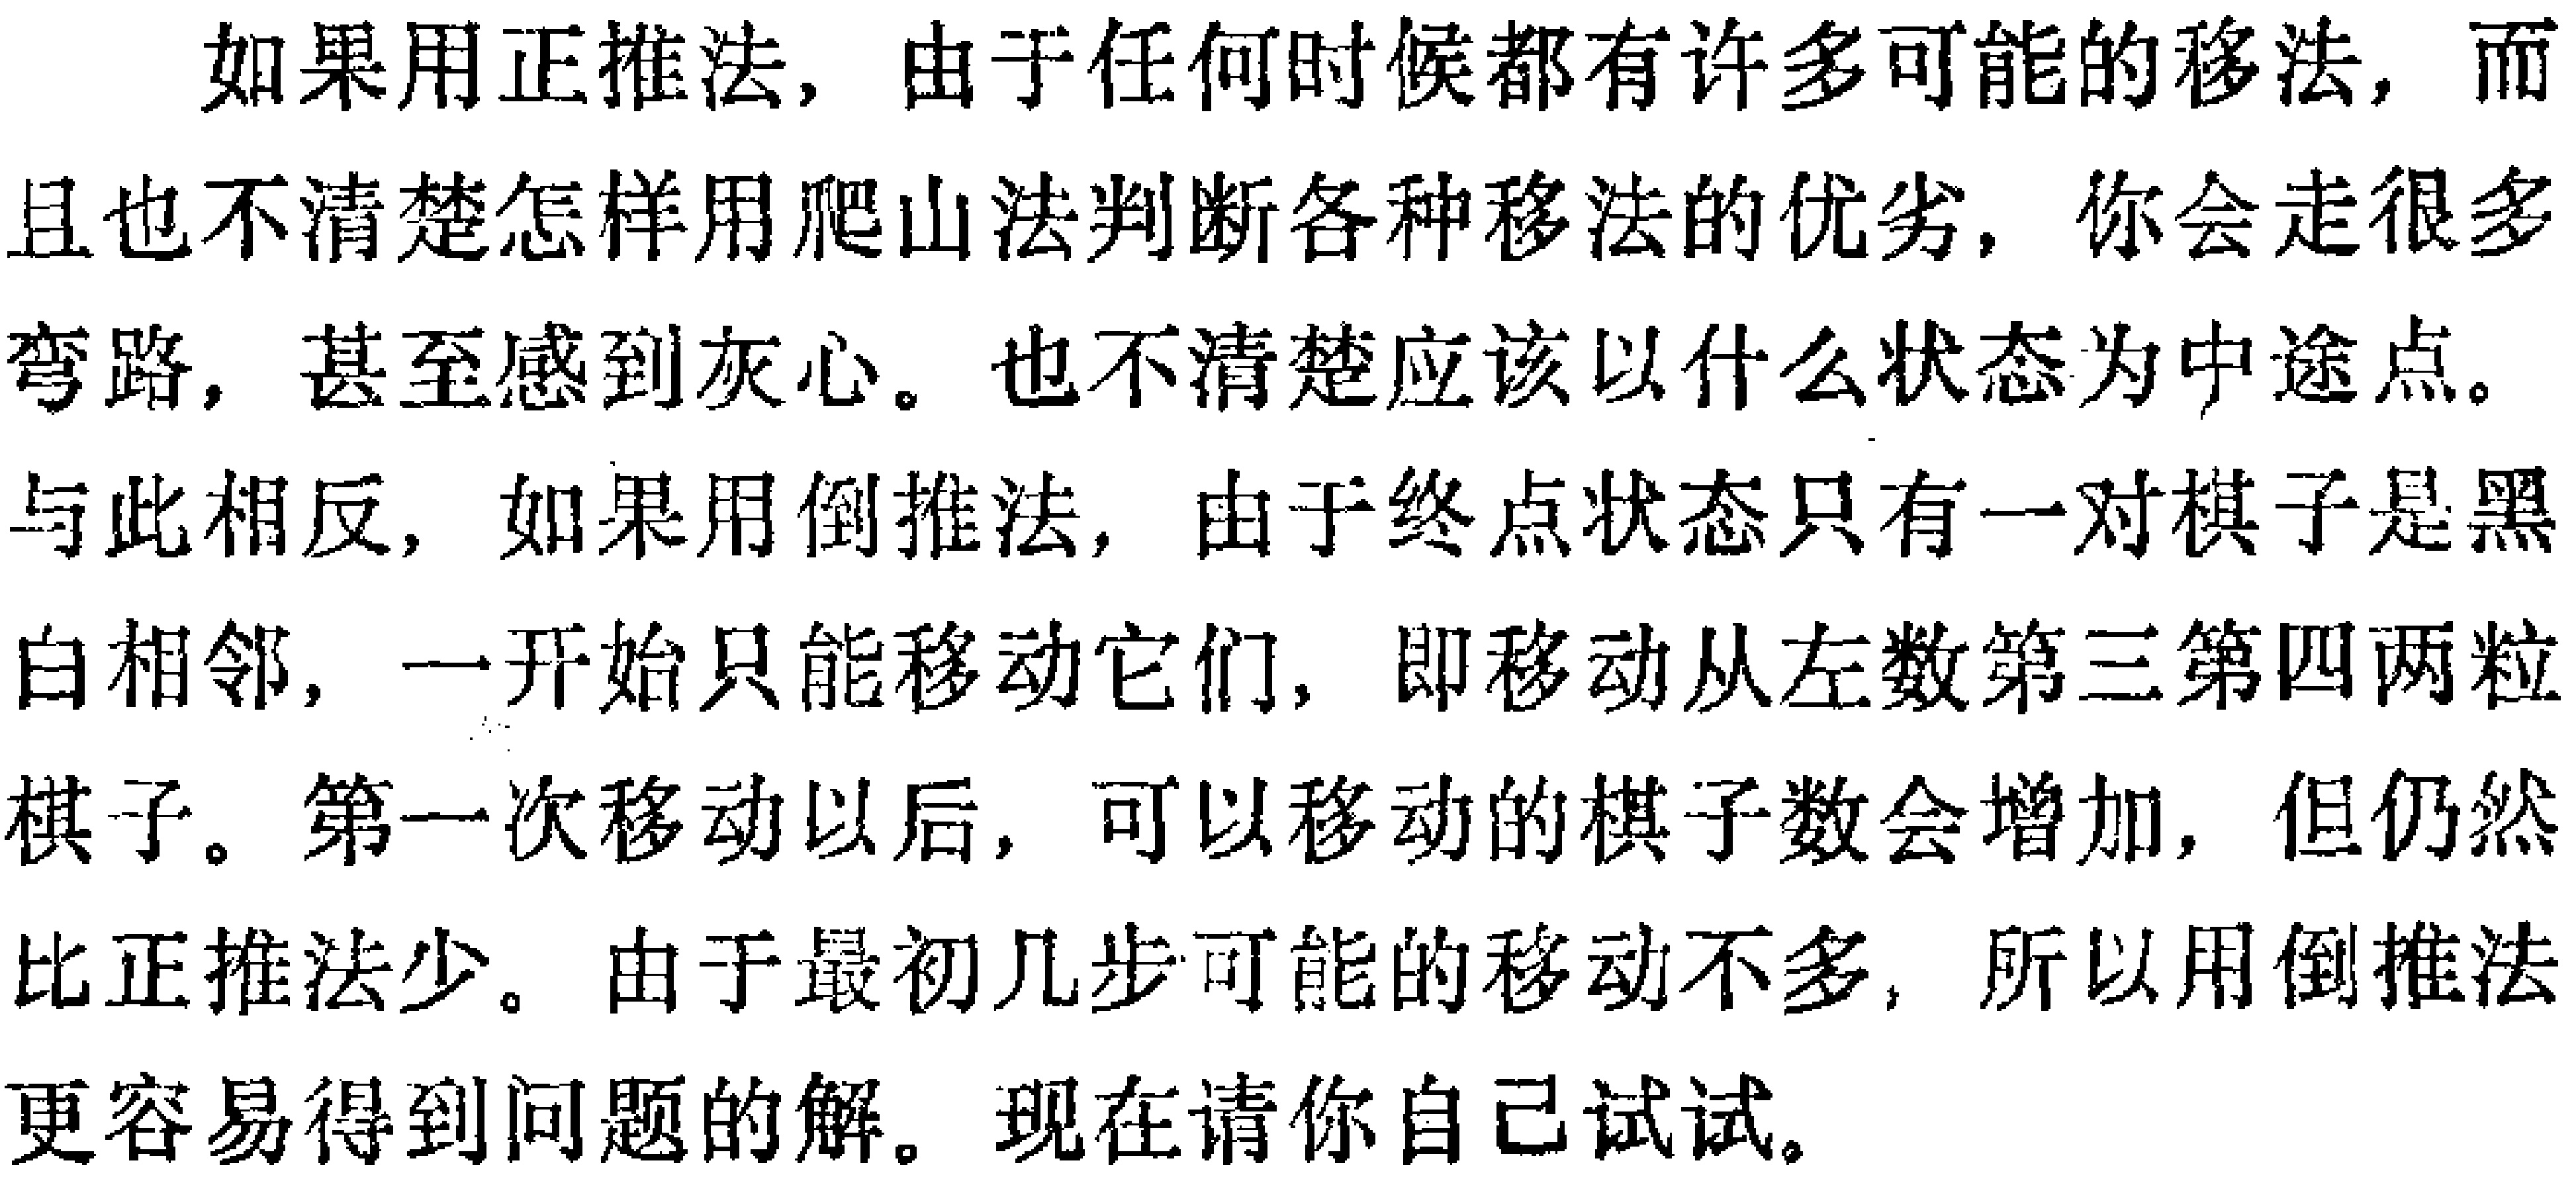
如果用正推法，由于任何时候都有许多可能的移法，而且也不清楚怎样用爬山法判断各种移法的优劣，你会走很多弯路，甚至感到灰心。也不清楚应该以什么状态为中途点。与此相反，如果用倒推法，由于终点状态只有一对棋子是黑白相邻，一开始只能移动它们，即移动从左数第三第四两粒棋子。第一次移动以后，可以移动的棋子数会增加，但仍然比正推法少。由于最初几步可能的移动不多，所以用倒推法更容易得到问题的解。现在请你自己试试。